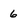
Character: 6